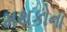
મથકોના